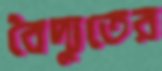
বৈদ্যুতের